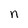
Character: n